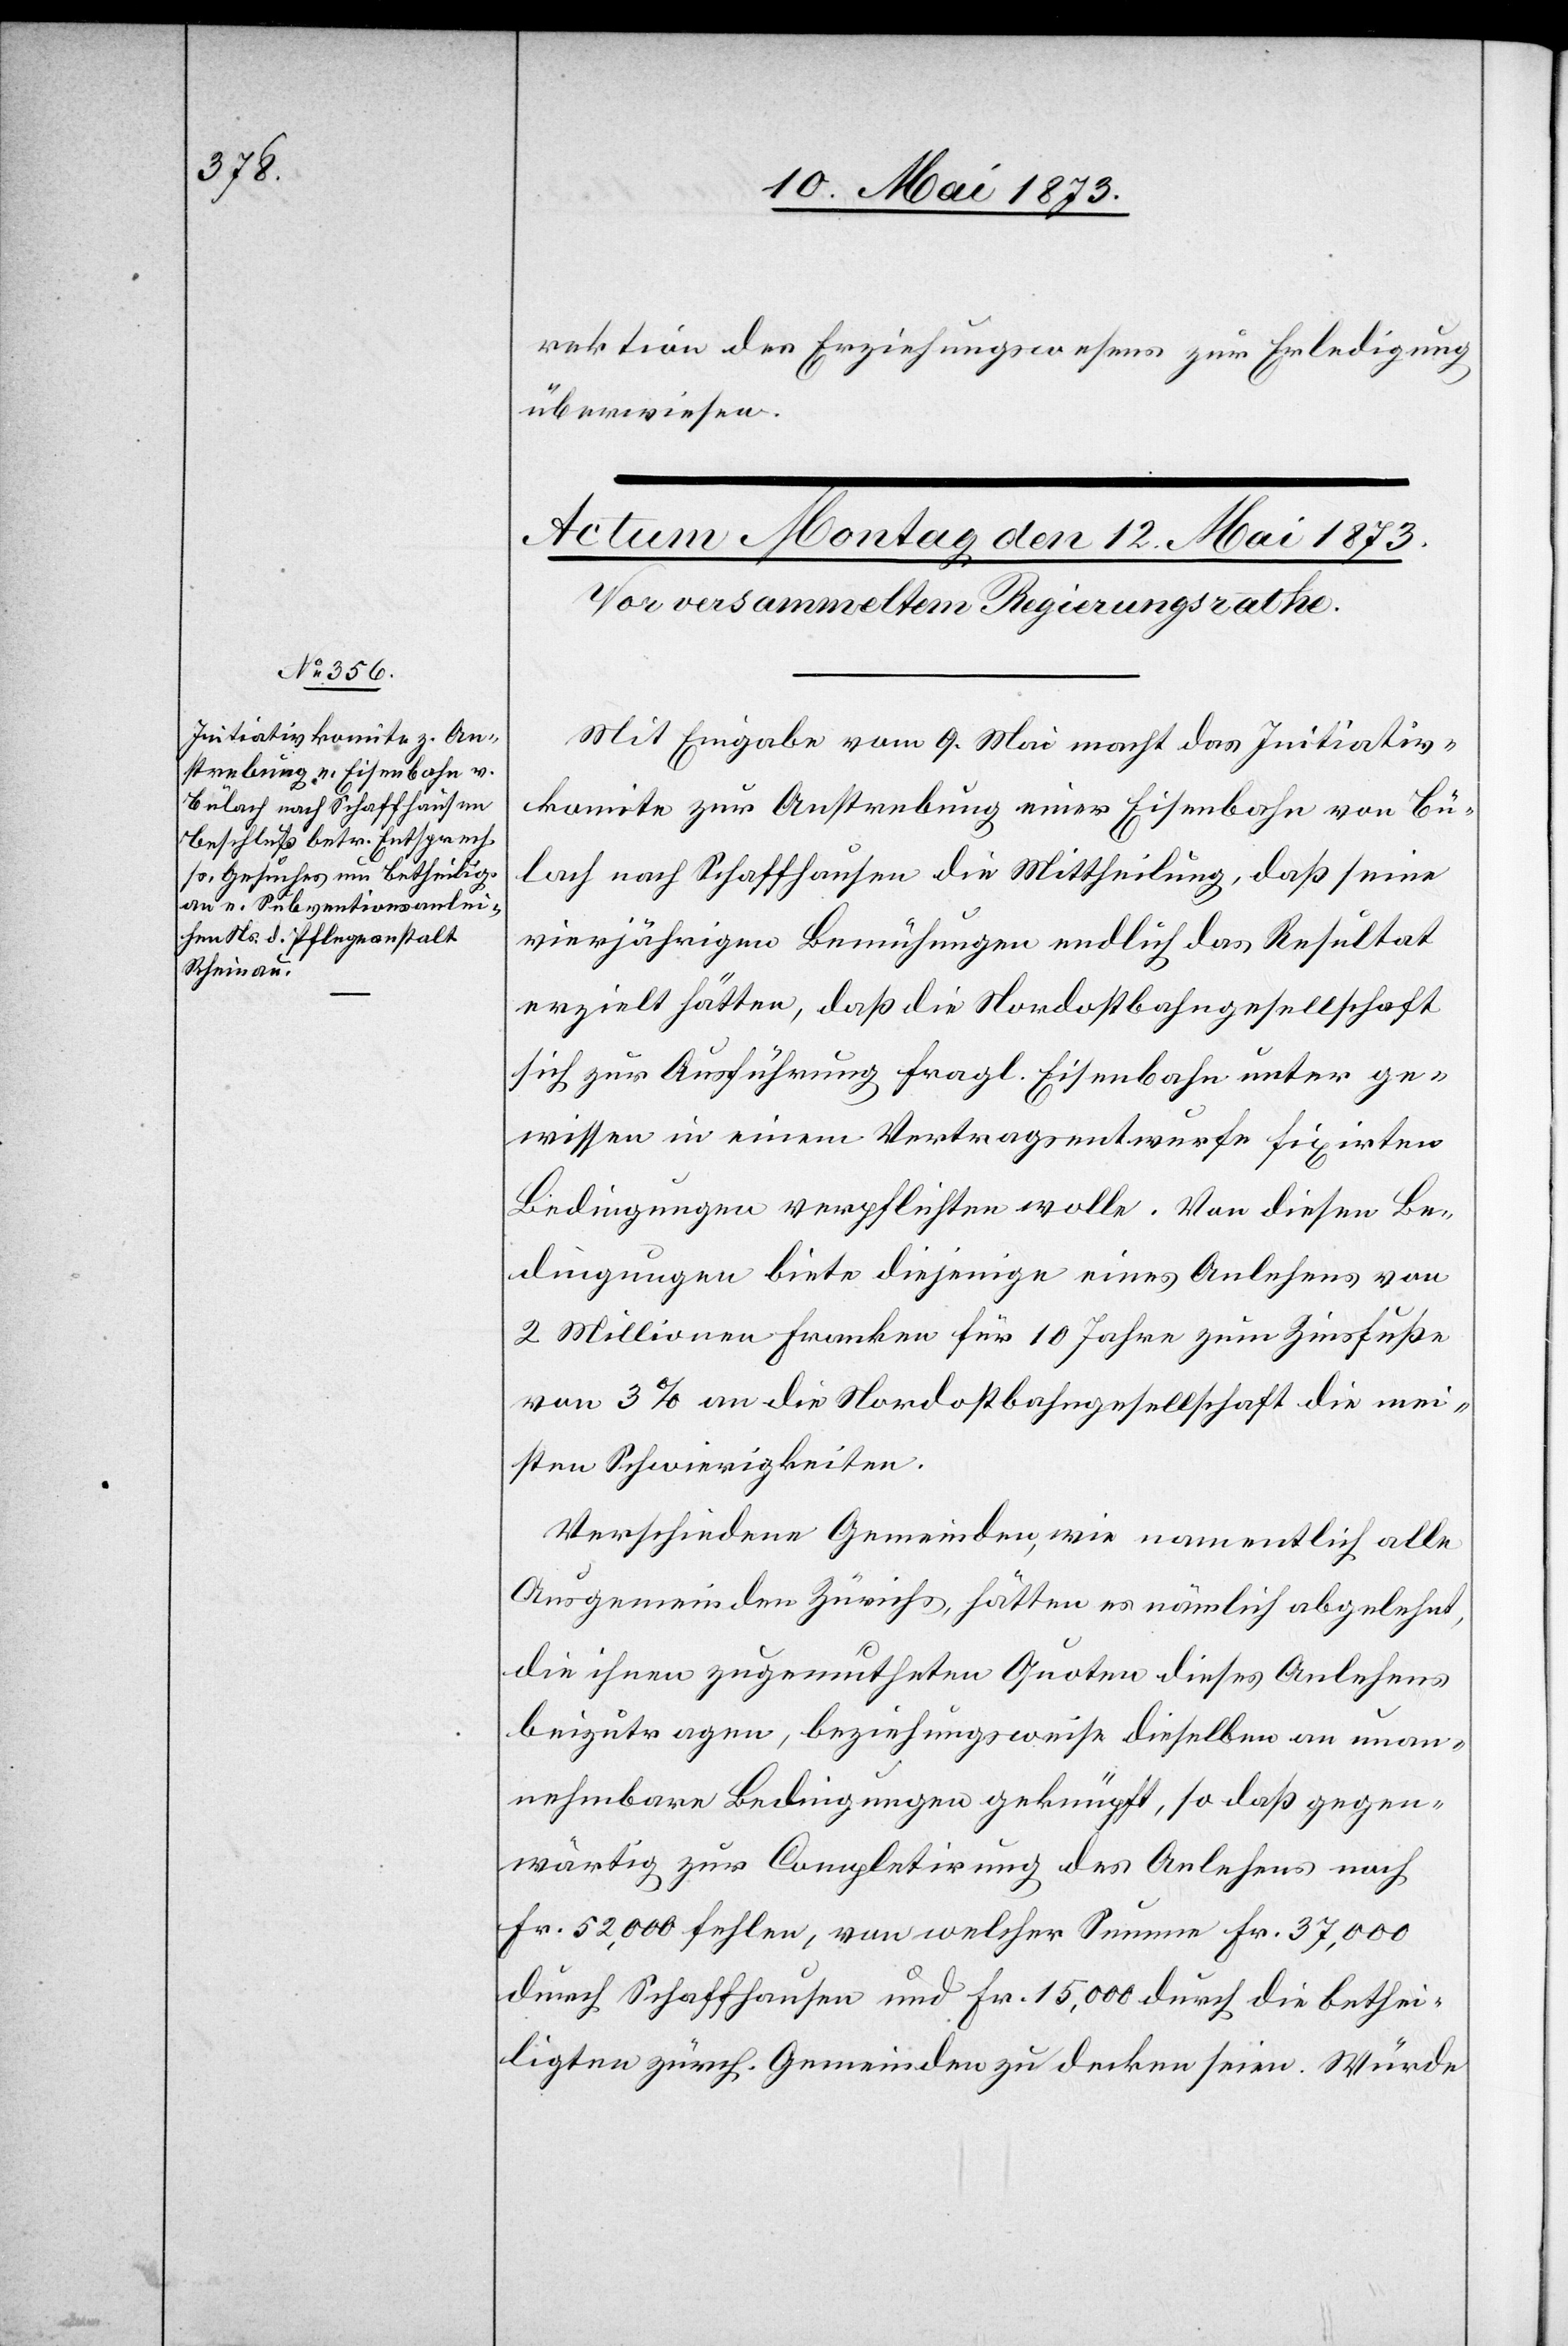
rektion des Erziehungswesens zur Erledigung
überwiesen.
Mit Eingabe vom 9. Mai macht das Initiativ¬
komite zur Anstrebung einer Eisenbahn von Bü¬
lach nach Schaffhausen die Mittheilung, daß seine
vierjährigen Bemühungen endlich das Resultat
erzielt hätten, daß die Nordostbahngesellschaft
sich zur Ausführung fragl. Eisenbahn unter ge¬
wissen in einem Vertragsentwurfe fixirten
Bedingungen verpflichten wolle. Von diesen Be¬
dingungen biete diejenige eines Anlehens von
2 Millionen Franken für 10 Jahre zum Zinsfuße
von 3% an die Nordostbahngesellschaft die mei¬
sten Schwierigkeiten.
Verschiedene Gemeinden, wie namentlich alle
Ausgemeinden Zürichs, hätten es nämlich abgelehnt,
die ihnen zugemutheten Quoten dieses Anlehens
beizutragen, beziehungsweise dieselben an unan¬
nehmbare Bedingungen geknüpft, so daß gegen¬
wärtig zur Completirung des Anlehens noch
Fr. 52,000 fehlen, von welcher Summe Fr. 37,000
durch Schaffhausen und Fr. 15,000 durch die bethei¬
ligten zürch. Gemeinden zu decken seien. Würde